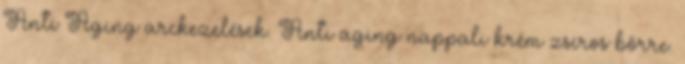
Anti Aging arckezelések. Anti aging nappali krém zsíros bőrre.